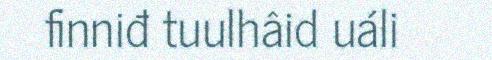
finniđ tuulhâid uáli